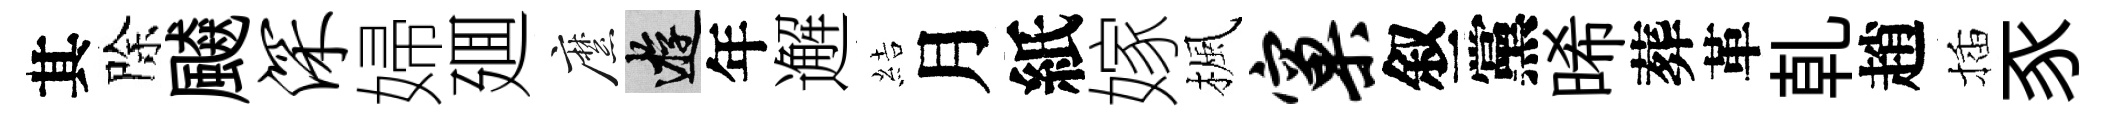
其除飇深婦廽縻游年邂結月紙嫁楓窠叙黨晞葬革乹趙插豕